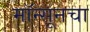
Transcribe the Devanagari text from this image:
मॉन्सूनचा